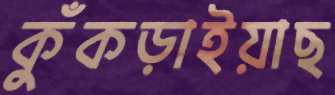
কুঁকড়াইয়াছ